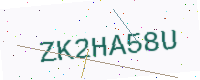
Text: ZK2HA58U